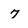
Character: 7